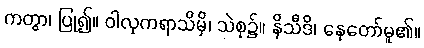
ကတွာ၊ ပြု၍။ ဝါလုကရာသိမှိ၊ သဲစု၌။ နိသီဒိ၊ နေတော်မူ၏။